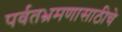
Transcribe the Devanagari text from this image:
पर्वतभ्रमणासाठीचे